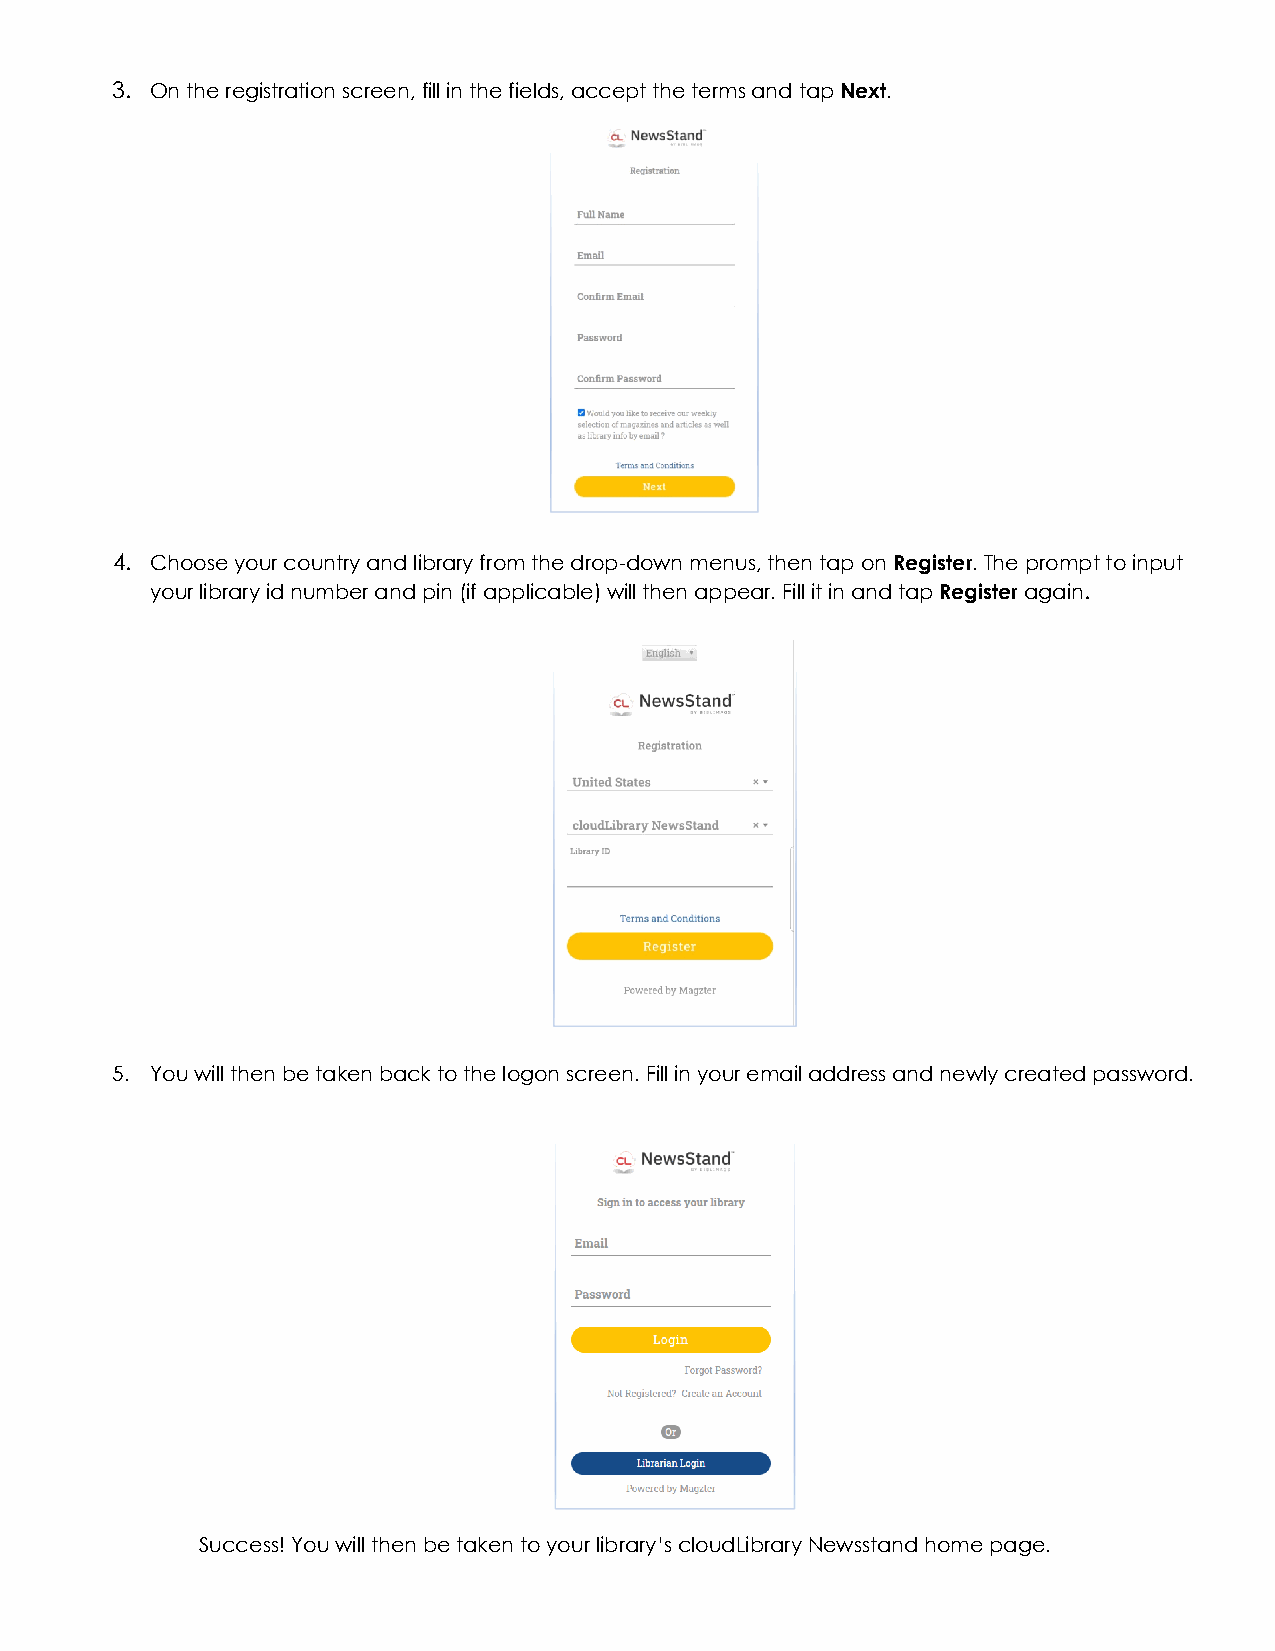
3. On the registration screen, fill in the fields, accept the terms and tap Next.
 4. Choose your country and library from the drop-down menus, then tap on Register. The prompt to input
 your library id number and pin (if applicable) will then appear. Fill it in and tap Register again.
 5. You will then be taken back to the logon screen. Fill in your email address and newly created password.
 Success! You will then be taken to your library’s cloudLibrary Newsstand home page.